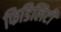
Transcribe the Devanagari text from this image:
फिडिलिटी